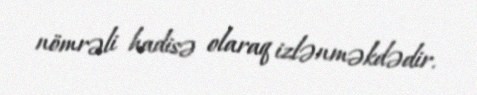
nömrəli hadisə olaraq izlənməkdədir.